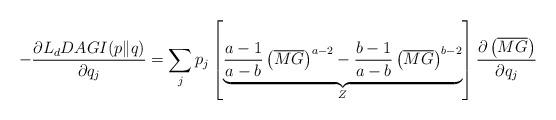
LaTeX: \begin{align*}-\frac{\partial L_{d}DAGI(p\|q)}{\partial q_{j}}=\sum_{j}p_{j}\left[\underbrace{\frac{a-1}{a-b}\left(\overline{MG}\right)^{a-2}-\frac{b-1}{a-b}\left(\overline{MG}\right)^{b-2}}_{Z}\right]\frac{\partial \left(\overline{MG}\right)}{\partial q_{j}}\end{align*}